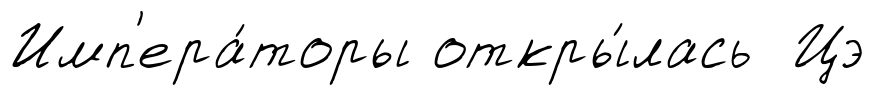
Имп'ера́торы откры́лась Цэ